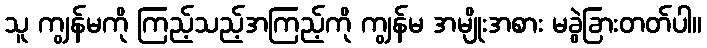
သူ ကျွန်မကို ကြည့်သည့်အကြည့်ကို ကျွန်မ အမျိုးအစား မခွဲခြားတတ်ပါ။